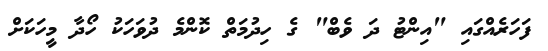
ފަހަރެއްގައި "އިންޓު ދަ ވެބް" ގެ ހިދުމަތް ކޮންމެ ދުވަހަކު ހޯދާ މީހަކަށް